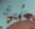
تفوق